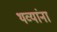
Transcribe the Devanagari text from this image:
थव्यांना